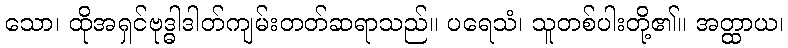
သော၊ ထိုအရှင်ဗုဒ္ဓါဒါတ်ကျမ်းတတ်ဆရာသည်။ ပရေသံ၊ သူတစ်ပါးတို့၏။ အတ္ထာယ၊